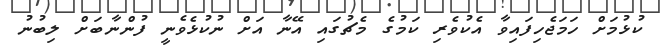
ކުޅުމަށް ހަމަޖެހިފައިވާ އެކުވެރި ކަމުގެ މެޗުގައި އޭނާ އަށް ނުކުޅެވެނީ ފުންނާބަށް ލިބުނު